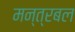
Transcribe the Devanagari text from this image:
मन्त्रबल